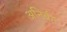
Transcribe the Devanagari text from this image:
अनिर्बन